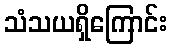
သံသယရှိကြောင်း